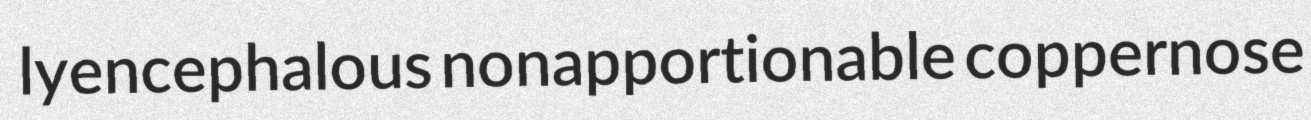
lyencephalous nonapportionable coppernose